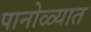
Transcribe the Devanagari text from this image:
पानोळ्यात